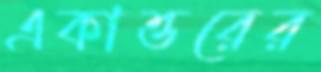
একাত্তরের